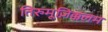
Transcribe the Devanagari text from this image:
तिरुमूज़िक्कलम